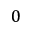
0